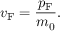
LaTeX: v _ { \mathrm { F } } = { \frac { p _ { \mathrm { F } } } { m _ { 0 } } } .